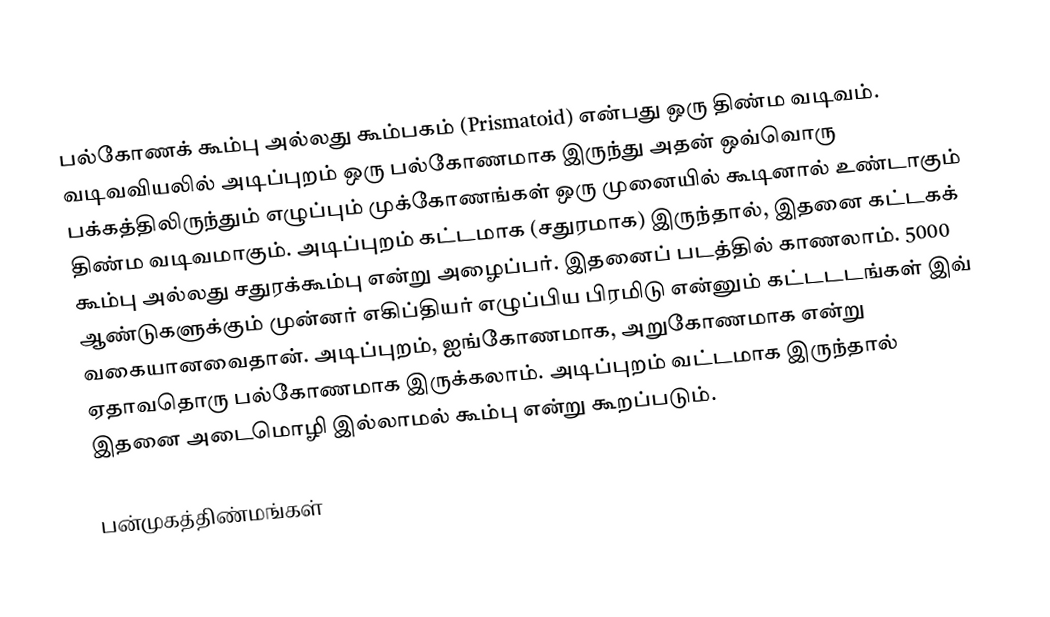
பல்கோணக் கூம்பு அல்லது கூம்பகம் (Prismatoid) என்பது ஒரு திண்ம வடிவம். வடிவவியலில் அடிப்புறம் ஒரு பல்கோணமாக இருந்து அதன் ஒவ்வொரு பக்கத்திலிருந்தும் எழுப்பும் முக்கோணங்கள் ஒரு முனையில் கூடினால் உண்டாகும் திண்ம வடிவமாகும். அடிப்புறம் கட்டமாக (சதுரமாக) இருந்தால், இதனை கட்டகக் கூம்பு அல்லது சதுரக்கூம்பு என்று அழைப்பர். இதனைப் படத்தில் காணலாம். 5000 ஆண்டுகளுக்கும் முன்னர் எகிப்தியர் எழுப்பிய பிரமிடு என்னும் கட்டடடங்கள் இவ் வகையானவைதான். அடிப்புறம், ஐங்கோணமாக, அறுகோணமாக என்று ஏதாவதொரு பல்கோணமாக இருக்கலாம். அடிப்புறம் வட்டமாக இருந்தால் இதனை அடைமொழி இல்லாமல் கூம்பு என்று கூறப்படும்.

பன்முகத்திண்மங்கள்